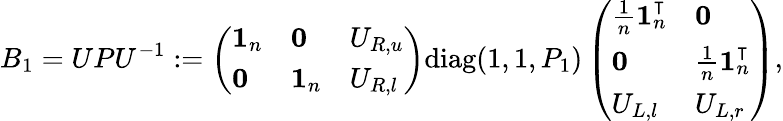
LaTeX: B_{1}=UPU^{-1}:=\left(\begin{array}{lll}{\mathbf{1}_{n}}&{\mathbf{0}}&{U_{R,u}}\\ {\mathbf{0}}&{\mathbf{1}_{n}}&{U_{R,l}}\end{array}\right)\mathrm{diag}(1,1,P_{1})\left(\begin{array}{ll}{\frac{1}{n}\mathbf{1}_{n}^{\intercal}}&{\mathbf{0}}\\ {\mathbf{0}}&{\frac{1}{n}\mathbf{1}_{n}^{\intercal}}\\ {U_{L,l}}&{U_{L,r}}\end{array}\right),